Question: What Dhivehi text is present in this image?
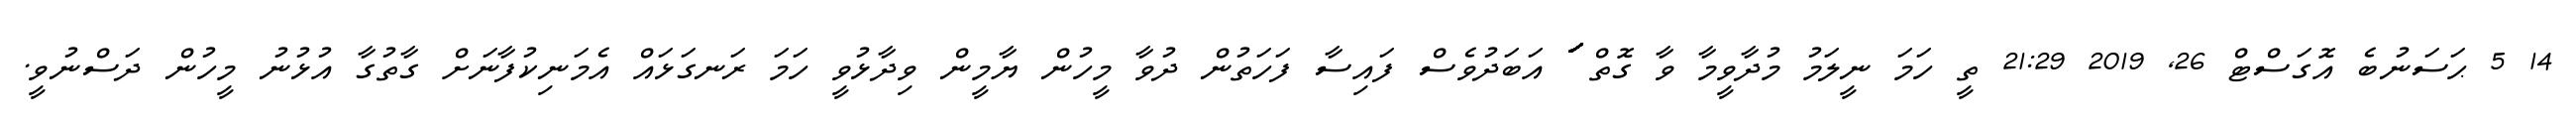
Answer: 14 5 ޙަސަނުބެ އޮގަސްޓް 26, 2019 21:29 ތީ ހަމަ ނީލަމު މުދާވީމާ ވާ ގޮތް ަަަަަަަަަަަަަަަަަަަ އަބަދުވެސް ފައިސާ ފަހަތުން ދުވާ މީހުން ޔާމީން ވިދާޅުވީ ހަމަ ރަނގަޅައް އެމަނިކުފާނަށް ގާތުގާ އުޅުނު މީހުން ދަސްނުވީ.